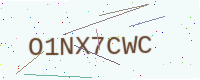
Text: O1NX7CWC